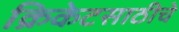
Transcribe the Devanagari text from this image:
क्रिकेटसाठीचे